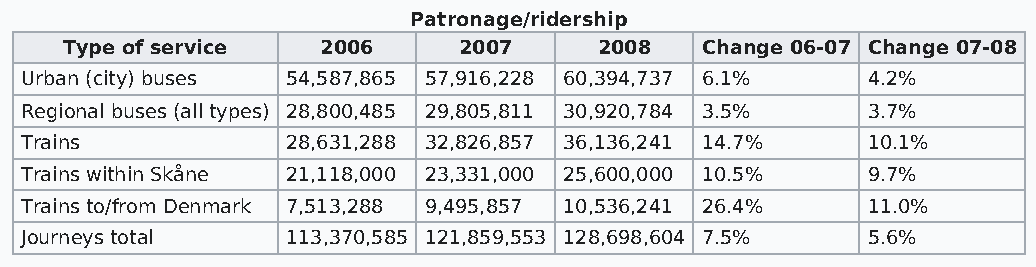
Patronage/ridership
 Type of service  2006     2007      2008  Change 06-07 Change 07-08
 Urban (city) buses 54,587,865 57,916,228 60,394,737 6.1% 4.2%
 Regional buses (all types) 28,800,485 29,805,811 30,920,784 3.5% 3.7%
 Trains            28,631,288 32,826,857 36,136,241 14.7% 10.1%
 Trains within Skåne 21,118,000 23,331,000 25,600,000 10.5% 9.7%
 Trains to/from Denmark 7,513,288 9,495,857 10,536,241 26.4% 11.0%
 Journeys total    113,370,585 121,859,553 128,698,604 7.5% 5.6%